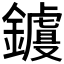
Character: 𲇧